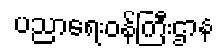
ပညာရေးဝန်ကြီးဌာန